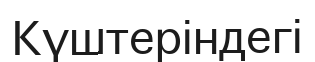
Күштеріндегі